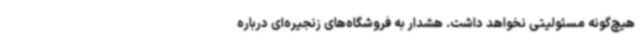
هیچ‌گونه مسئولیتی نخواهد داشت. هشدار به فروشگاه‌های زنجیره‌ای درباره